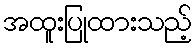
အထူးပြုထားသည့်